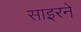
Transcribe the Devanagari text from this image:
साइरने